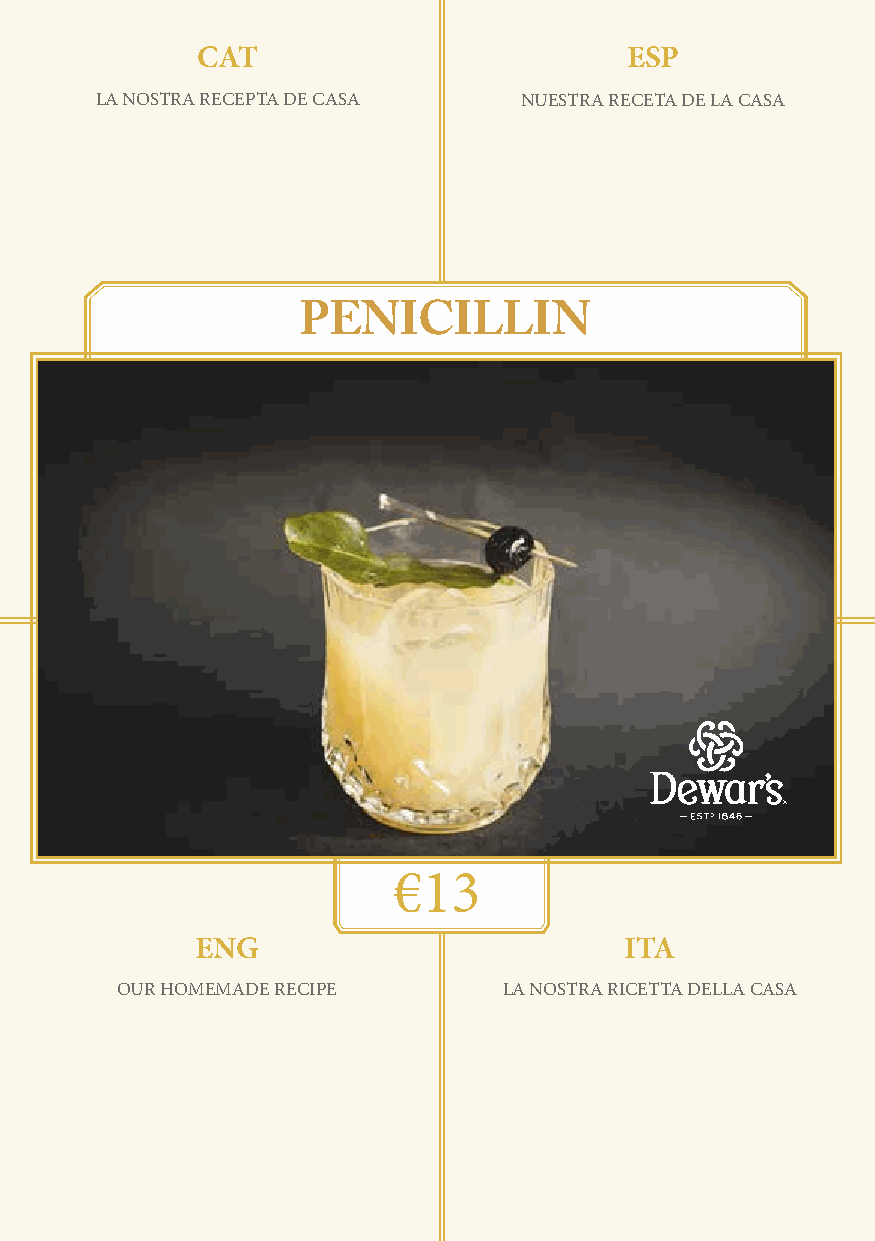
CAT                         ESP
 GINEBRA BOMBAY PRESSÈ LA NOSTRA RECEPTA DE CASA NUESTRA RECETA DE LA CASA
 VERMOUTH DULCE
 JAZMÍN
 LIMÓN
 CLARA DE HUEVO
 TINTURA DE PEPINO
 SODA DE HIBISCO
 THE OLD MAN AND THE SEA PENICILLIN
 €13
 ENG                         ITA
 OUR HOMEMADE RECIPE      LA NOSTRA RICETTA DELLA CASA